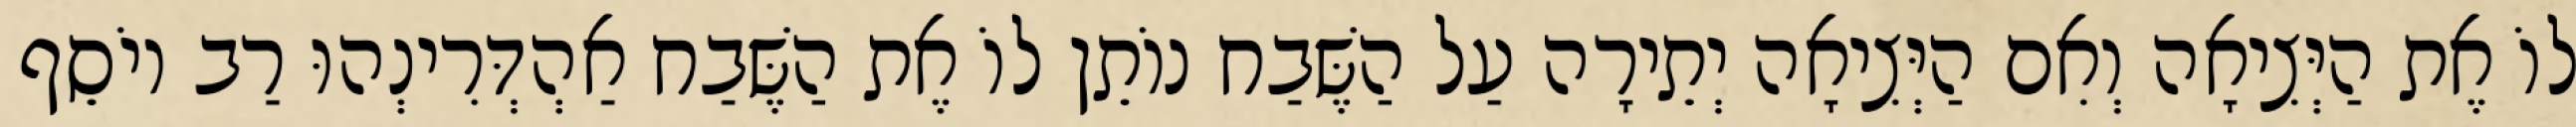
לוֹ אֶת הַיְּצִיאָה וְאִם הַיְּצִיאָה יְתֵירָה עַל הַשֶּׁבַח נוֹתֵן לוֹ אֶת הַשֶּׁבַח אַהְדְּרִינְהוּ רַב יוֹסֵף